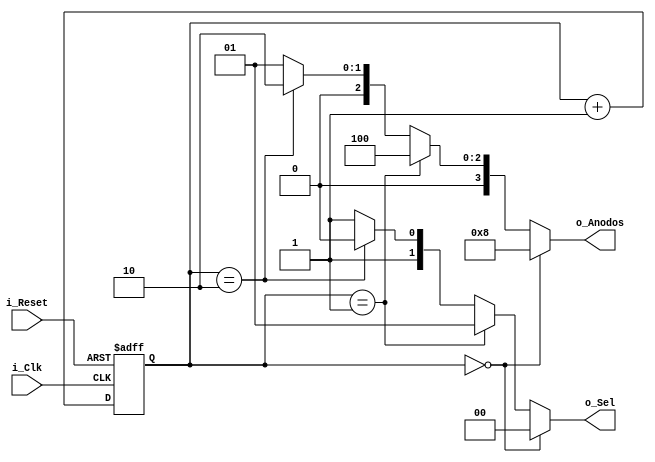
`timescale 1ns / 1ps
//////////////////////////////////////////////////////////////////////////////////
// Company: 
// Engineer: 
// 
// Design Name: 
// Module Name: DecoAnillo
// Project Name: 
// Target Devices: 
// Tool Versions: 
// Description: 
// 
// Dependencies: 
// 
// Revision:
// Revision 0.01 - File Created
// Additional Comments:
// 
//////////////////////////////////////////////////////////////////////////////////


module DecoAnillo(
   input i_Reset,
   input i_Clk,
   output [1:0] o_Sel,
   output [3:0] o_Anodos      //Declaramos el bus de salida an, para controlar los andos.
   );

wire [3:0]in;  //Declaramos el bus auxiliar tipo wire de 4 bits in.
wire [15:0]x;
reg [1:0]Clk;  //Declaramos el bus auxiliar tipo reg de 2 bits sel.

//Contador de corrida libre de 2 bits.
always @(posedge i_Clk or negedge i_Reset)   //Siempre que ocurra el flanco positivo de i_Clk o i_Reset.
   if(~i_Reset)Clk<=0;    //Si se activa Clk el siguiente valor de sel sera 0.
   else Clk<=Clk+1;  //De lo contrario el siguiente valor de o_Sel sera sel+1.
 
//Multiplexor Quadruple de 4 entradas 1 salidas.
assign in=x[Clk*4+:4]; //Si sel=2 entonces in=x[2*4+3+:4] o in=x[11:8].
                           //Por lo tanto se seleccionan las 4 entradas correspondientes al display a encender.
   

//Decodificador de 2 a 4. Selecciona el bit de salida correspondiente.
   assign o_Anodos=(Clk==0)?4'b1000:   //Si sel es igual a 0 an sera igual a 4'b1000
      (Clk==1)?4'b0100:   //Si sel es igual a 1 an sera igual a 4'b0100
      (Clk==2)?4'b0010:   //Si sel es igual a 2 an sera igual a 4'b0010
                   4'b0001;   //Si sel es igual a 3 an sera igual a 4'b0001
assign o_Sel=(Clk==0)?2'b00:
           (Clk==1)?2'b01:
           (Clk==2)?2'b10:
                    2'b11;
           
 endmodule